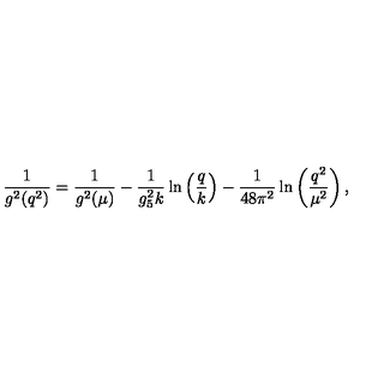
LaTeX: { \frac { 1 } { g ^ { 2 } ( q ^ { 2 } ) } } = { \frac { 1 } { g ^ { 2 } ( \mu ) } } - { \frac { 1 } { g _ { 5 } ^ { 2 } k } } \ln \left( { \frac { q } { k } } \right) - { \frac { 1 } { 4 8 \pi ^ { 2 } } } \ln \left( { \frac { q ^ { 2 } } { \mu ^ { 2 } } } \right) ,